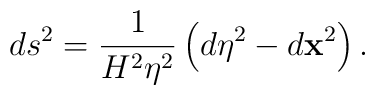
ds^{2}=\frac{1}{H^{2}\eta ^{2}}\left( d\eta ^{2}-d\mathbf{x}^{2}\right) .